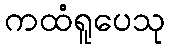
ကထံရူပေသု